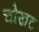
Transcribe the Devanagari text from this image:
चोखट